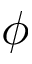
\phi